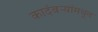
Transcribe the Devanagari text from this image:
कादंबऱ्यांमधून